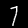
Label: 7